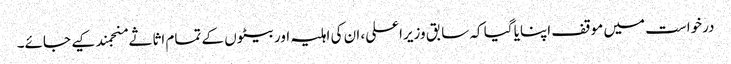
درخواست میں موقف اپنایا گیا کہ سابق وزیراعلی، ان کی اہلیہ اور بیٹوں کے تمام اثاثے منجمند کیے جائے۔